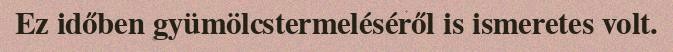
Ez időben gyümölcstermeléséről is ismeretes volt.